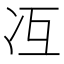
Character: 冱